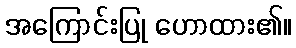
အကြောင်းပြု ဟောထား၏။